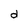
Character: d